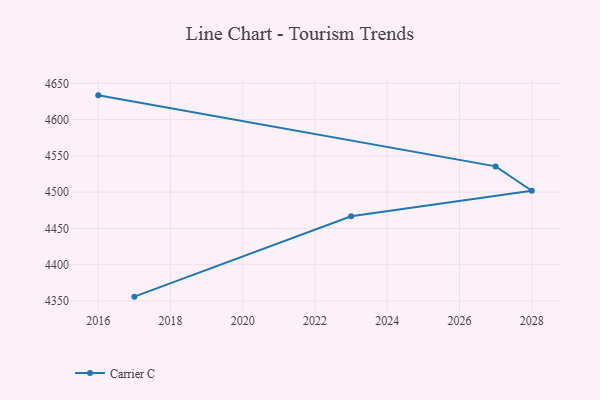
{"axis": {"x": "Year", "y": "Conversion Rate (%)"}, "legend": ["Carrier C"], "data": [{"x": "2017", "y": 4356.0, "type": "Carrier C"}, {"x": "2023", "y": 4466.8, "type": "Carrier C"}, {"x": "2028", "y": 4501.9, "type": "Carrier C"}, {"x": "2027", "y": 4535.5, "type": "Carrier C"}, {"x": "2016", "y": 4633.4, "type": "Carrier C"}]}